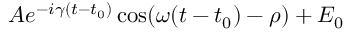
A e ^ { - i \gamma ( t - t _ { 0 } ) } \cos ( \omega ( t - t _ { 0 } ) - \rho ) + E _ { 0 }